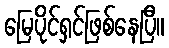
မြေပိုင်ရှင်ဖြစ်နေပြီ။